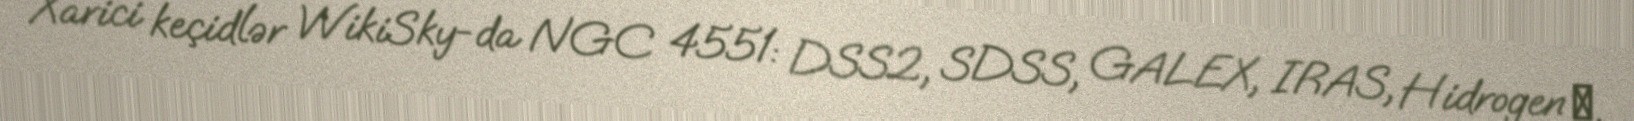
Xarici keçidlər WikiSky-da NGC 4551: DSS2, SDSS, GALEX, IRAS, Hidrogen α,